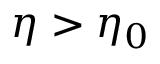
\eta > \eta _ { 0 }